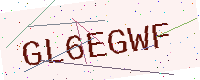
Text: GL6EGWF